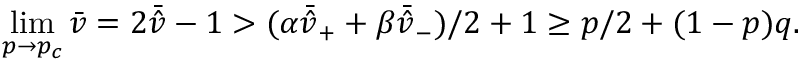
\operatorname* { l i m } _ { p \rightarrow p _ { c } } \bar { v } = 2 \bar { \hat { v } } - 1 > ( \alpha \bar { \hat { v } } _ { + } + \beta \bar { \hat { v } } _ { - } ) / 2 + 1 \geq p / 2 + ( 1 - p ) q .